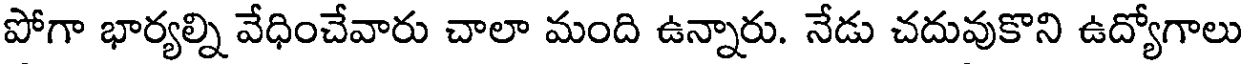
పోగా భార్యల్ని వేధించేవారు చాలా మంది ఉన్నారు. నేడు చదువుకొని ఉద్యోగాలు